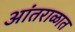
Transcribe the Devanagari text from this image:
आंतराळात